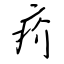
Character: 疥